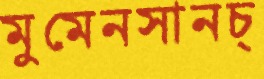
মুমেনসানচ্